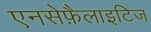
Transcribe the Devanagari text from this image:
एनसेफ़ैलाइटिज